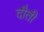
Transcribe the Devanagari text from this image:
दौती